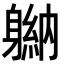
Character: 𬧮